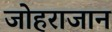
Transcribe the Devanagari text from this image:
जोहराजान